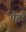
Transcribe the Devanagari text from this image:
पैहौं